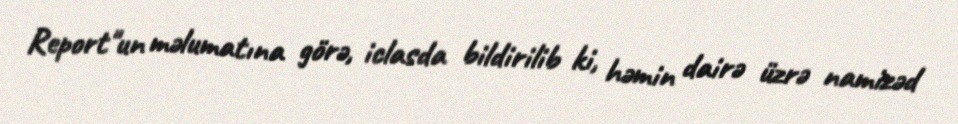
Report"un məlumatına görə, iclasda bildirilib ki, həmin dairə üzrə namizəd